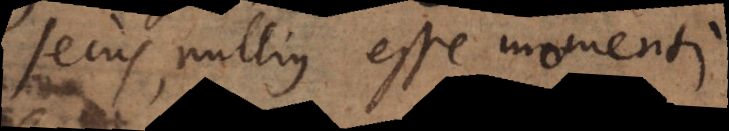
secus, nullius esse momenti.